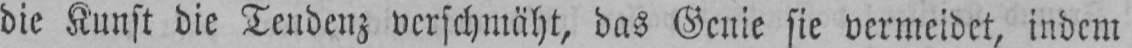
die Kunst die Tendenz verschmäht, das Genie sie vermeidet, indem